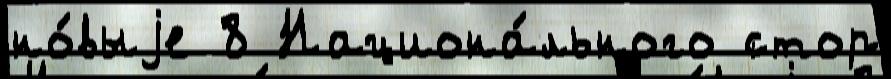
но́выjе 8 Национа́льного стор